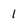
Character: 1